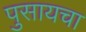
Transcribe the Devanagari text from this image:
पुसायचा